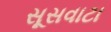
સૂસવાટા